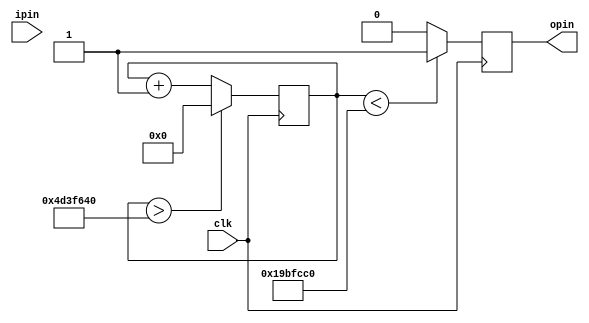
module toggleLED(
    input clk, ipin,
    output reg opin
);

    reg [31:0] counter;

    always@(posedge clk) begin
        counter <= counter + 1;
      
        if(counter < 27000000)  
            opin <= 1'b1; // LED on for 1 sec
        else 
            opin <= 1'b0; 
        // from 1 second to 3 seconds LED is off 
        //because the counter reset after 3 seconds
       
        
        if(counter > (3*27000000)) // more 3 seconds time
            counter <= 0;
        end
   
endmodule